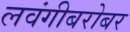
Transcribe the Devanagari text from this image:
लवंगीबरोबर